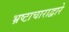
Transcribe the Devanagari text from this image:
भ्रष्टाचाराद्वारे